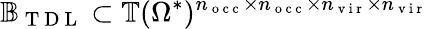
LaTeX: \mathbb{B}_{\mathrm{~T~D~L~}}\subset\mathbb{T}(\Omega^{*})^{n_{\mathrm{~o~c~c~}}\times n_{\mathrm{~o~c~c~}}\times n_{\mathrm{~v~i~r~}}\times n_{\mathrm{~v~i~r~}}}